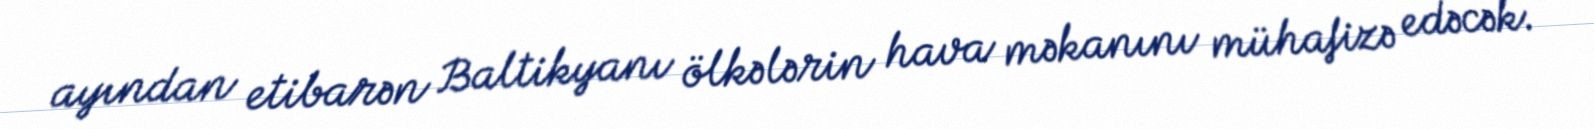
ayından etibarən Baltikyanı ölkələrin hava məkanını mühafizə edəcək.